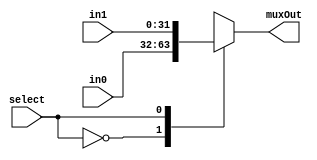
/*###################################################################################
Note: Please dont upload the assignments, template file/solution and lab. manual on GitHub or others public repository. 
It violates the BITSs Intellectual Property Rights (IPR).
************************************************************************************/

//IF select is 0 then muxout is in0. IF select is 1 then muxout is in1. 
module mux2to1_32bits(input [31:0] in0, input [31:0] in1, input select, output reg [31:0] muxOut);
      //WRITE YOUR CODE HERE, NO NEED TO DEFINE NEW VARIABLES
	always @(in0,in1,select) begin
            case(select)
            1'b0:muxOut=in0;
            1'b1:muxOut=in1;
            endcase
      end
endmodule